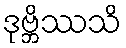
ဒုဗ္ဘိဿသိ